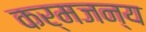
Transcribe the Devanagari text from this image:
कर्मजन्य